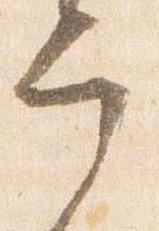
宰